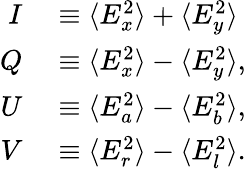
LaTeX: \begin{array}{rl}{I}&{{}\equiv\langle E_{x}^{2}\rangle+\langle E_{y}^{2}\rangle}\\ {Q}&{{}\equiv\langle E_{x}^{2}\rangle-\langle E_{y}^{2}\rangle,}\\ {U}&{{}\equiv\langle E_{a}^{2}\rangle-\langle E_{b}^{2}\rangle,}\\ {V}&{{}\equiv\langle E_{r}^{2}\rangle-\langle E_{l}^{2}\rangle.}\end{array}